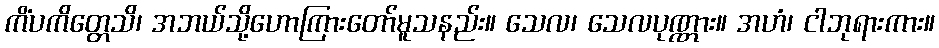
ကိံပကိတ္တေသိ၊ အဘယ်သို့ဟောကြားတော်မူသနည်း။ သေလ၊ သေလပုဏ္ဏား။ အဟံ၊ ငါဘုရားကား။